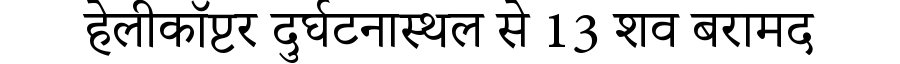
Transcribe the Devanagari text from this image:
हेलीकॉप्टर दुर्घटनास्थल से 13 शव बरामद